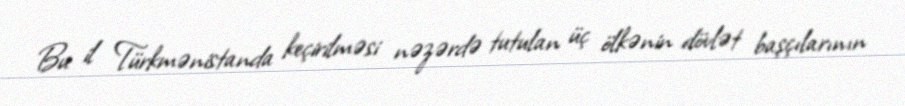
Bu il Türkmənistanda keçirilməsi nəzərdə tutulan üç ölkənin dövlət başçılarının